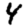
Digit: 4